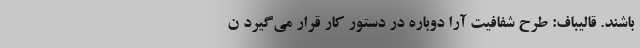
باشند. قالیباف: طرح شفافیت آرا دوباره در دستور کار قرار می‌گیرد ن